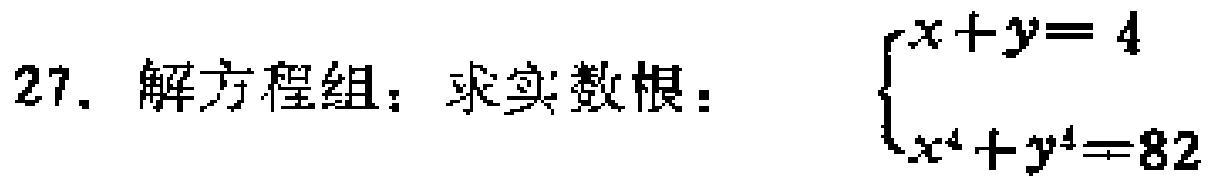
27. 解方程组：求实数根：$\begin{cases}x + y = 4 \\x^{4}+y^{4}=82\end{cases}$